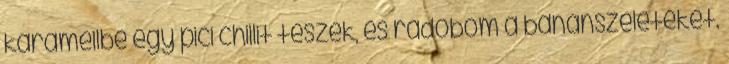
karamellbe egy pici chillit teszek, és rádobom a banánszeleteket.